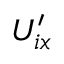
U _ { i x } ^ { \prime }